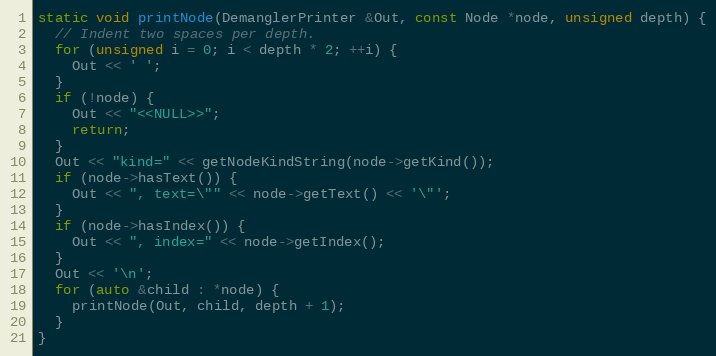
Language: C++
static void printNode(DemanglerPrinter &Out, const Node *node, unsigned depth) {
  // Indent two spaces per depth.
  for (unsigned i = 0; i < depth * 2; ++i) {
    Out << ' ';
  }
  if (!node) {
    Out << "<<NULL>>";
    return;
  }
  Out << "kind=" << getNodeKindString(node->getKind());
  if (node->hasText()) {
    Out << ", text=\"" << node->getText() << '\"';
  }
  if (node->hasIndex()) {
    Out << ", index=" << node->getIndex();
  }
  Out << '\n';
  for (auto &child : *node) {
    printNode(Out, child, depth + 1);
  }
}